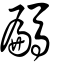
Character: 騗